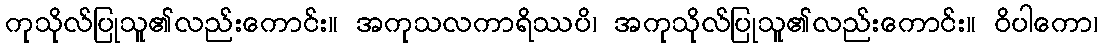
ကုသိုလ်ပြုသူ၏လည်းကောင်း။ အကုသလကာရိဿပိ၊ အကုသိုလ်ပြုသူ၏လည်းကောင်း။ ဝိပါကော၊